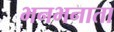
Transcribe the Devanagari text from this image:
भनभनाता